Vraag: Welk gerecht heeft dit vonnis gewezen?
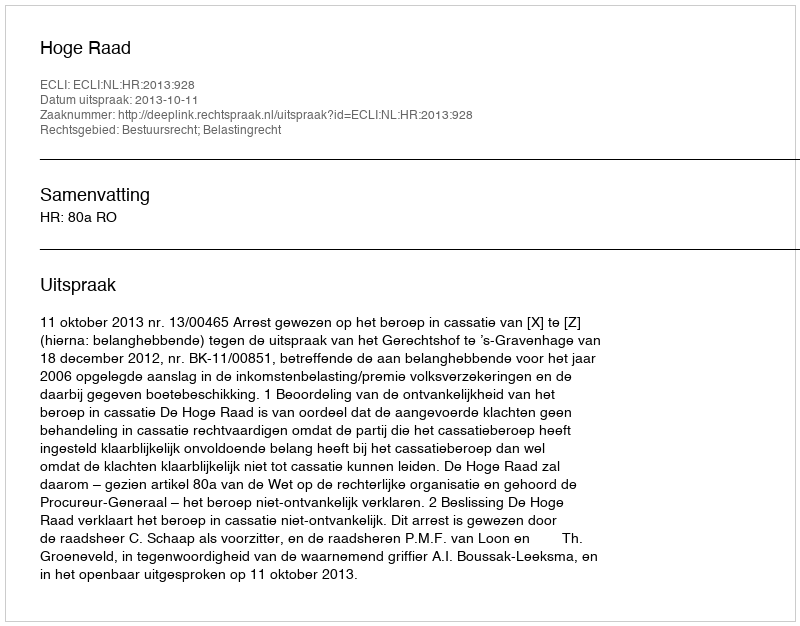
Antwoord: Hoge Raad